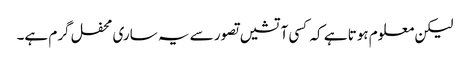
لیکن معلوم ہوتا ہے کہ کسی آتشیں تصور سے یہ ساری محفل گرم ہے۔